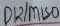
Text: D12/MISO